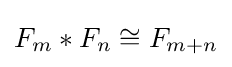
F_{m}*F_{n}\cong F_{m+n}